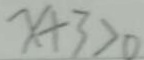
x + 3 > 0